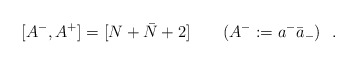
\begin{align*}[A^-,A^+]=[N+\bar N+2]\ \ \ \ \ \ (A^- := a^- {\bar a}_- )\ \ .\end{align*}